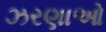
ઝરણાઓ